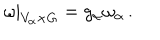
\omega | _ { V _ { \alpha } \times G } = g _ { \alpha } \omega _ { \alpha } \, .